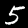
Label: 5